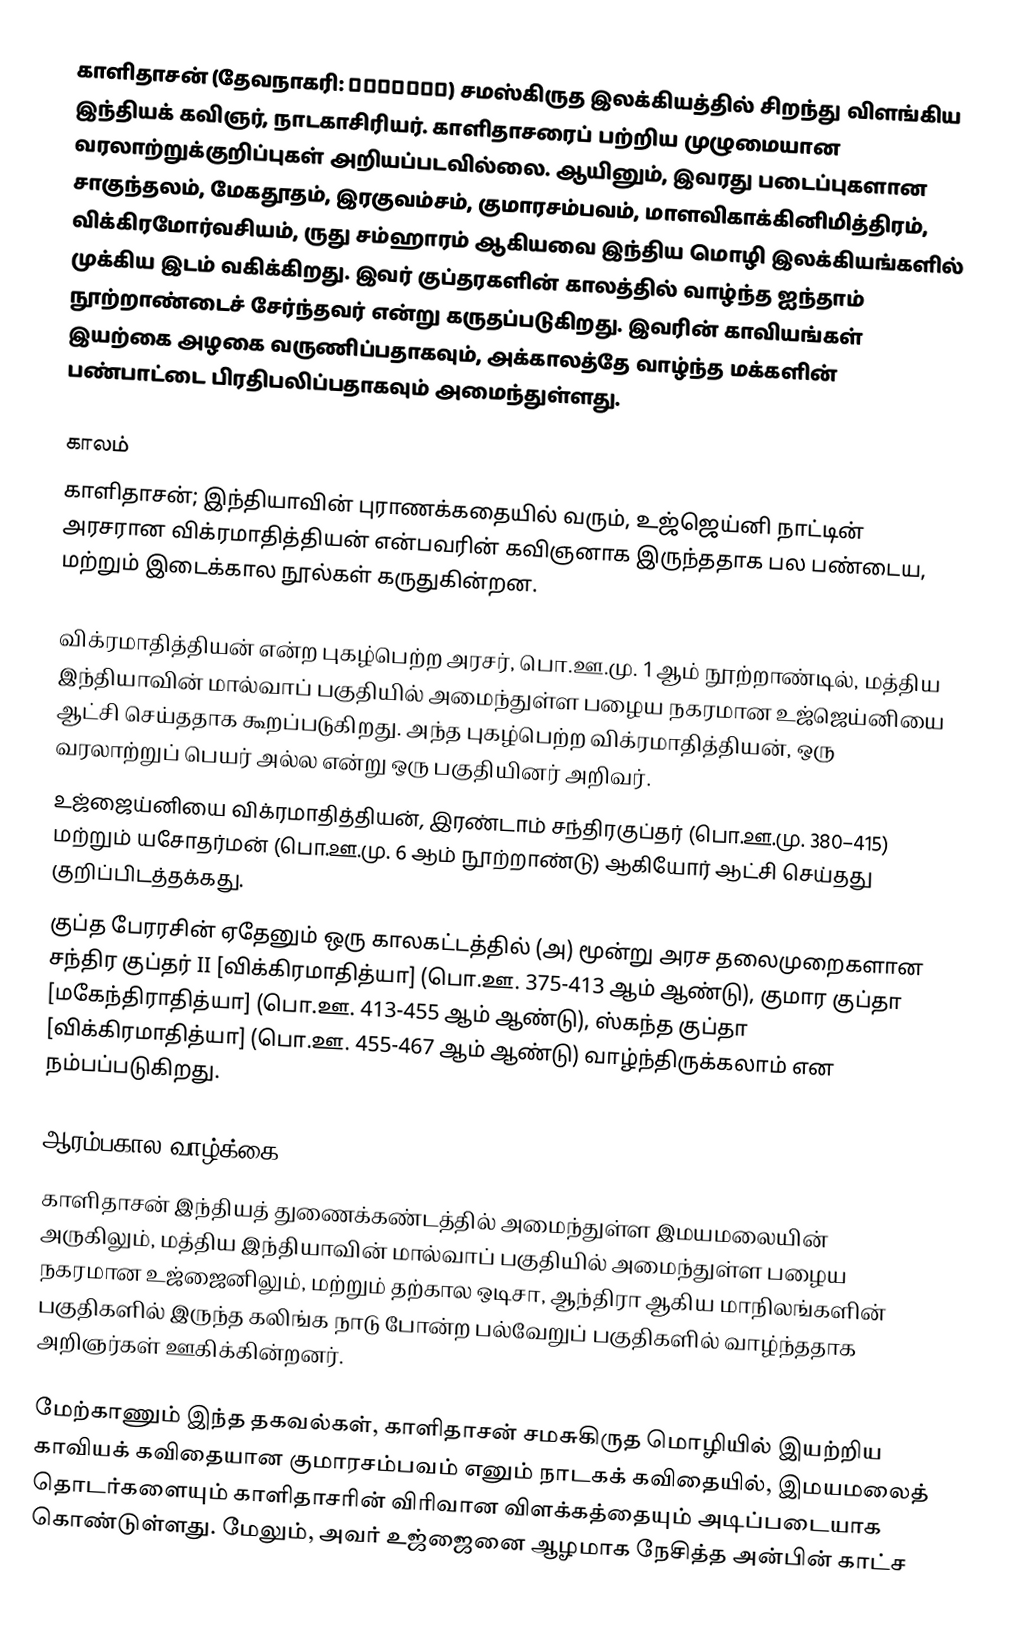
காளிதாசன் (தேவநாகரி: कालिदास) சமஸ்கிருத இலக்கியத்தில் சிறந்து விளங்கிய இந்தியக் கவிஞர், நாடகாசிரியர். காளிதாசரைப் பற்றிய முழுமையான வரலாற்றுக்குறிப்புகள் அறியப்படவில்லை. ஆயினும், இவரது படைப்புகளான சாகுந்தலம், மேகதூதம், இரகுவம்சம், குமாரசம்பவம், மாளவிகாக்கினிமித்திரம், விக்கிரமோர்வசியம், ருது சம்ஹாரம் ஆகியவை இந்திய மொழி இலக்கியங்களில் முக்கிய இடம் வகிக்கிறது. இவர் குப்தரகளின் காலத்தில் வாழ்ந்த ஐந்தாம் நூற்றாண்டைச் சேர்ந்தவர் என்று கருதப்படுகிறது. இவரின் காவியங்கள் இயற்கை அழகை வருணிப்பதாகவும், அக்காலத்தே வாழ்ந்த மக்களின் பண்பாட்டை பிரதிபலிப்பதாகவும் அமைந்துள்ளது.

காலம்
காளிதாசன்; இந்தியாவின் புராணக்கதையில் வரும், உஜ்ஜெய்னி நாட்டின் அரசரான விக்ரமாதித்தியன் என்பவரின் கவிஞனாக இருந்ததாக பல பண்டைய, மற்றும் இடைக்கால நூல்கள் கருதுகின்றன.

 விக்ரமாதித்தியன் என்ற புகழ்பெற்ற அரசர், பொ.ஊ.மு. 1 ஆம் நூற்றாண்டில், மத்திய இந்தியாவின் மால்வாப் பகுதியில் அமைந்துள்ள பழைய நகரமான உஜ்ஜெய்னியை ஆட்சி செய்ததாக கூறப்படுகிறது. அந்த புகழ்பெற்ற விக்ரமாதித்தியன், ஒரு வரலாற்றுப் பெயர் அல்ல என்று ஒரு பகுதியினர் அறிவர்.
 உஜ்ஜைய்னியை விக்ரமாதித்தியன், இரண்டாம் சந்திரகுப்தர் (பொ.ஊ.மு. 380–415) மற்றும் யசோதர்மன் (பொ.ஊ.மு. 6 ஆம் நூற்றாண்டு) ஆகியோர் ஆட்சி செய்தது குறிப்பிடத்தக்கது.
 குப்த பேரரசின் ஏதேனும் ஒரு காலகட்டத்தில் (அ) மூன்று அரச தலைமுறைகளான சந்திர குப்தர் II [விக்கிரமாதித்யா] (பொ.ஊ. 375-413 ஆம் ஆண்டு), குமார குப்தா [மகேந்திராதித்யா] (பொ.ஊ. 413-455 ஆம் ஆண்டு), ஸ்கந்த குப்தா [விக்கிரமாதித்யா] (பொ.ஊ. 455-467 ஆம் ஆண்டு) வாழ்ந்திருக்கலாம் என நம்பப்படுகிறது.

ஆரம்பகால வாழ்க்கை
காளிதாசன் இந்தியத் துணைக்கண்டத்தில் அமைந்துள்ள இமயமலையின் அருகிலும், மத்திய இந்தியாவின் மால்வாப் பகுதியில் அமைந்துள்ள பழைய நகரமான உஜ்ஜைனிலும், மற்றும் தற்கால ஒடிசா, ஆந்திரா ஆகிய மாநிலங்களின் பகுதிகளில் இருந்த கலிங்க நாடு போன்ற பல்வேறுப் பகுதிகளில் வாழ்ந்ததாக அறிஞர்கள் ஊகிக்கின்றனர்.

மேற்காணும் இந்த தகவல்கள், காளிதாசன் சமசுகிருத மொழியில் இயற்றிய காவியக் கவிதையான குமாரசம்பவம் எனும் நாடகக் கவிதையில், இமயமலைத் தொடர்களையும் காளிதாசரின் விரிவான விளக்கத்தையும் அடிப்படையாக கொண்டுள்ளது. மேலும், அவர் உஜ்ஜைனை ஆழமாக நேசித்த அன்பின் காட்ச